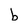
Character: b